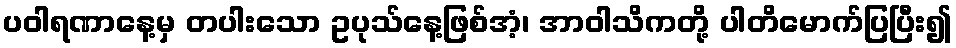
ပဝါရဏာနေ့မှ တပါးသော ဥပုသ်နေ့ဖြစ်အံ့၊ အာဝါသိကတို့ ပါတိမောက်ပြပြီး၍